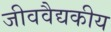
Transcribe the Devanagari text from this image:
जीववैद्यकीय